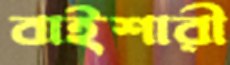
বাইশারী